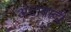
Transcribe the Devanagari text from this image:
आतंवादी